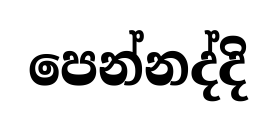
පෙන්නද්දි